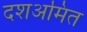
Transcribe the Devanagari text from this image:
दशअमित